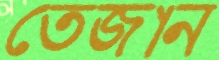
তেজান